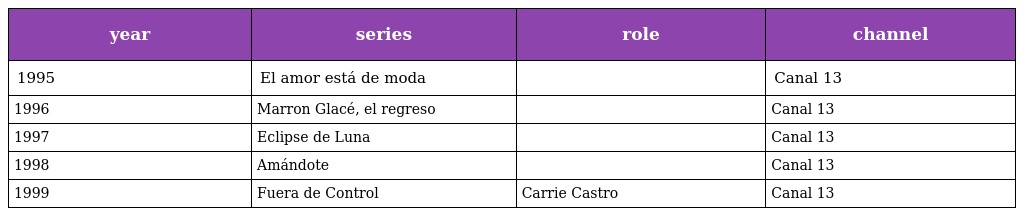
| year | series | role | channel |
 | --- | --- | --- | --- |
 | 1995 | El amor está de moda |  | Canal 13 |
 | 1996 | Marron Glacé, el regreso |  | Canal 13 |
 | 1997 | Eclipse de Luna |  | Canal 13 |
 | 1998 | Amándote |  | Canal 13 |
 | 1999 | Fuera de Control | Carrie Castro | Canal 13 |